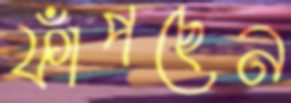
ফাঁপছেন